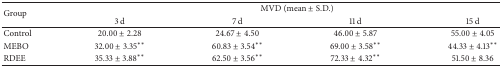
| <ROWSPAN=2> Group | <COLSPAN=4> MVD (mean ± S.D.) |
 | 3 d | 7 d | 11 d | 15 d |
 | --- | --- | --- | --- | --- |
 | Control | 20.00 ± 2.28 | 24.67 ± 4.50 | 46.00 ± 5.87 | 55.00 ± 4.05 |
 | MEBO | 32.00 ± 3.35** | 60.83 ± 3.54** | 69.00 ± 3.58** | 44.33 ± 4.13** |
 | RDEE | 35.33 ± 3.88** | 62.50 ± 3.56** | 72.33 ± 4.32** | 51.50 ± 8.36 |